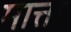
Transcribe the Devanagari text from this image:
मात्ता